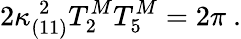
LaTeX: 2\kappa_{(11)}^{\; 2}T_{2}^{M}T_{5}^{M}=2\pi\ .